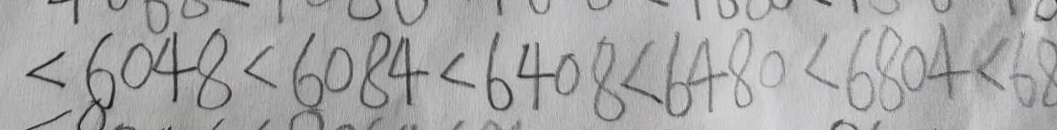
< 6 0 4 8 < 6 0 8 4 < 6 4 0 8 < 6 4 8 0 < 6 8 0 4 < 6 8